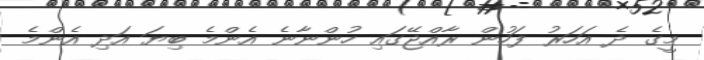
މީގެ ދެ އަހަރު ފަހުން ރާއްޖޭގައި ހުންނާނެ އެންމެ ބިޔަ އަދި އެންމެ